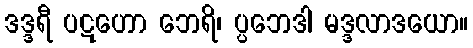
ဒဒ္ဒရီ ပဋဟော ဘေရိ၊ ပ္ပဘေဒါ မဒ္ဒလာဒယော။